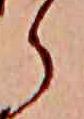
ら